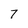
Character: 7